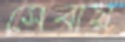
সেবায়